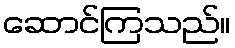
ဆောင်ကြသည်။